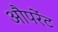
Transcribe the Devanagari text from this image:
औपरेंट